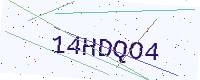
Text: 14HDQO4